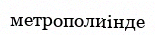
метрополиінде